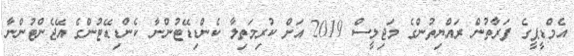
އެމްޑީޕީގެ ފަރާތުން ރައްޔިތުންގެ މަޖިލީސް 2019 އަށް ކުރިމަތިލާ ކެންޑިޑޭޓުންނާ ކެންޑިޑޭޓުންގެ އޭޖެންޓުންނާ